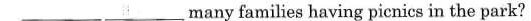
___ ___ many families having picnics in the park?